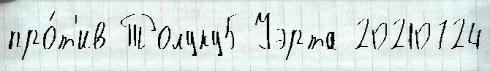
про́т'ив Толуку5 Уэрта 20210724